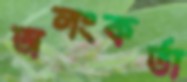
অলংকর্তা